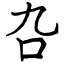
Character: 叴